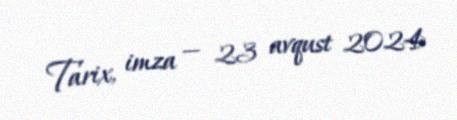
Tarix, imza — 23 avqust 2024